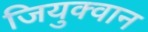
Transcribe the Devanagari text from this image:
जियुक्वान